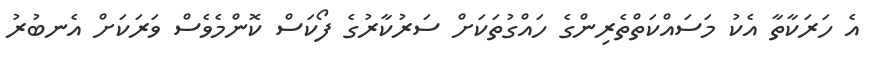
އެ ހަރަކާތާ އެކު މަސައްކަތްތެރިންގެ ހައްގުތަކަށް ސަރުކާރުގެ ފޯކަސް ކޮންމެވެސް ވަރަކަށް އެނބުރު